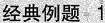
经典例题 1